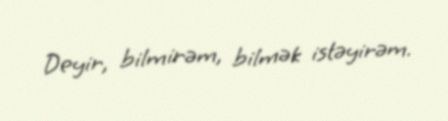
Deyir, bilmirəm, bilmək istəyirəm.